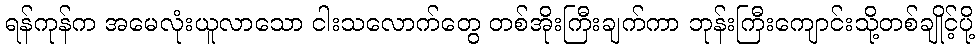
ရန်ကုန်က အမေလုံးယူလာသော ငါးသလောက်တွေ တစ်အိုးကြီးချက်ကာ ဘုန်းကြီးကျောင်းသို့တစ်ချိုင့်ပို့